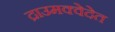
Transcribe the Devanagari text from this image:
द्राउमक्वेदेत